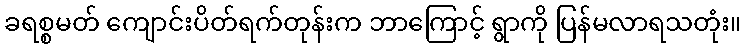
ခရစ္စမတ် ကျောင်းပိတ်ရက်တုန်းက ဘာကြောင့် ရွာကို ပြန်မလာရသတုံး။